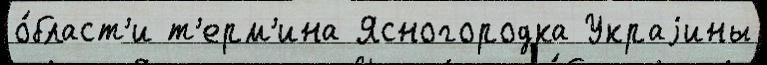
о́бласт'и т'ерм'ина Ясногородка Украjины